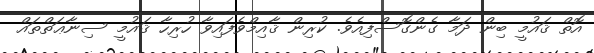
އޮތް ޤައުމީ ބިން ދަމާ ގެންގޮސްފިއެވެ. ކުރިން ޤާއިމްވެފައިވާ ހުރިހާ ޤައުމީ ސިނާޢަތްތައް